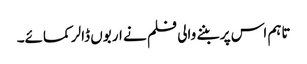
تاہم اس پر بننے والی فلم نے اربوں ڈالر کمائے۔